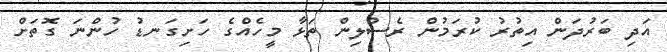
އަދި ބަރުދަން އިތުރު ކުރަމުން ރެސްލިން ތަޅާ މީހެއްގެ ހަށިގަނޑު ހުންނަ ގޮތަށް